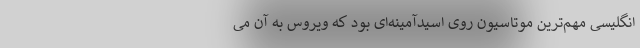
انگلیسی مهم‌ترین موتاسیون روی اسیدآمینه‌ای بود که ویروس به آن می‌